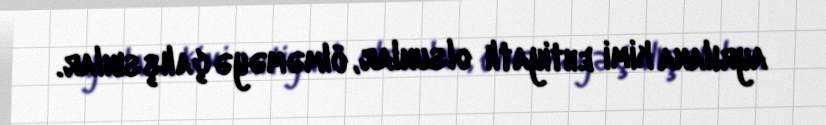
ayrılana kimi ehtiyatlı olsunlar, ölməməyə çalışsınlar.